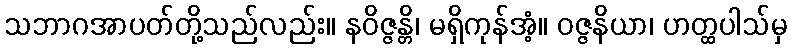
သဘာဂအာပတ်တို့သည်လည်း။ နဝိဇ္ဇန္တိ၊ မရှိကုန်အံ့။ ဝဇ္ဇနိယာ၊ ဟတ္ထပါသ်မှ